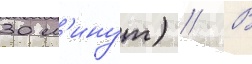
30 м'инут) // В